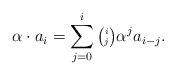
LaTeX: \begin{align*} \alpha \cdot a_i = \sum_{j=0}^i {\tiny\begin{pmatrix} i \\ j \end{pmatrix}} \alpha^ja_{i-j}. \end{align*}